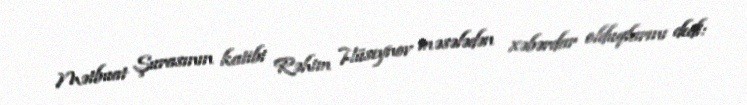
Mətbuat Şurasının katibi Rəhim Hüseynov məsələdən xəbərdar olduqlarını dedi: